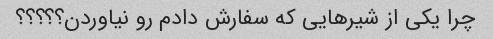
چرا یکی از شیرهایی که سفارش دادم رو نیاوردن؟؟؟؟؟